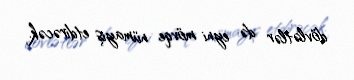
dövlətlər də eyni mövqe nümayiş etdirəcək.